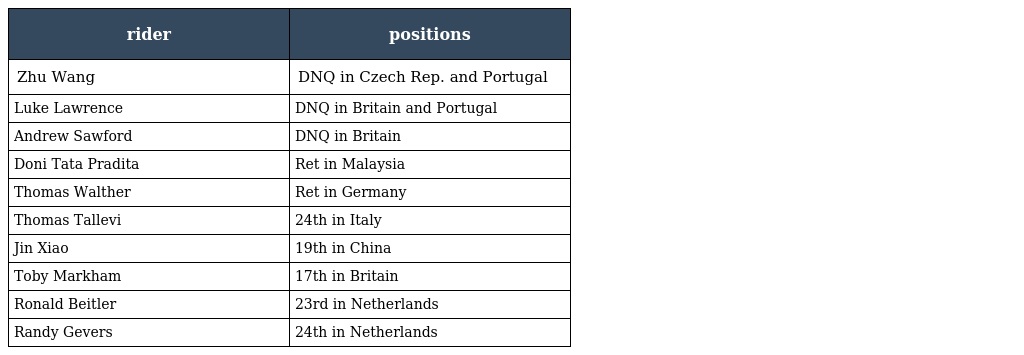
| rider | positions |
 | --- | --- |
 | Zhu Wang | DNQ in Czech Rep. and Portugal |
 | Luke Lawrence | DNQ in Britain and Portugal |
 | Andrew Sawford | DNQ in Britain |
 | Doni Tata Pradita | Ret in Malaysia |
 | Thomas Walther | Ret in Germany |
 | Thomas Tallevi | 24th in Italy |
 | Jin Xiao | 19th in China |
 | Toby Markham | 17th in Britain |
 | Ronald Beitler | 23rd in Netherlands |
 | Randy Gevers | 24th in Netherlands |